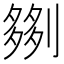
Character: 𫦗